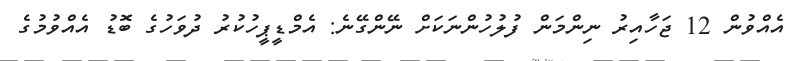
އެއްވުން 12 ޖަހާއިރު ނިންމަން ފުލުހުންނަަކަށް ނޭންގޭނެ: އެމްޑީޕީހުކުރު ދުވަހުގެ ބޮޑު އެއްވުމުގެ